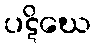
ပဋိဃေ